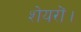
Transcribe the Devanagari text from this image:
शेयरों।